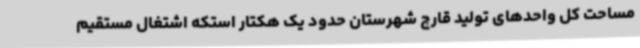
مساحت کل واحدهای تولید قارچ شهرستان حدود یک هکتار استکه اشتغال مستقیم